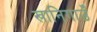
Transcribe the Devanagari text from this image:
खानिगाउँ